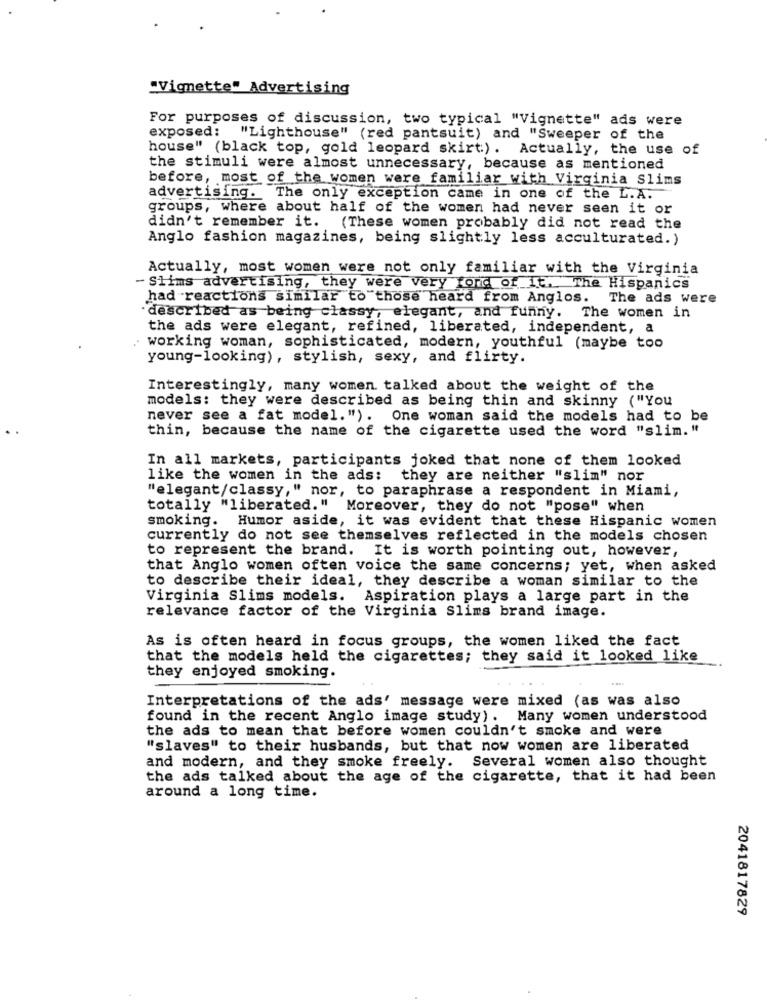
"Vignette" Advertising
For purposes of discussion, two typical "Vignette" ads were
exposed:
"Lighthouse" (red pantsuit) and "Sweeper of the
house" (black top, gold leopard skirt:). Actually, the use of
the stimuli were almost unnecessary, because as mentioned
before, most of the women were familiar with Virginia Slims
advertising. The only exception came in one of the L.A.
groups, where about half of the women had never seen it or
didn't remember it. (These women probably did not read the
Anglo fashion magazines, being slightly less acculturated.)
Actually, most women were not only familiar with the Virginia
- Slims advertising, they were very fond of it. The Hispanics
had reactions similar to those heard from Anglos. The ads were
·described as being classy, elegant, and funny. The women in
the ads were elegant, refined, liberated, independent, a
working woman, sophisticated, modern, youthful (maybe too
young-looking) , stylish, sexy, and flirty.
Interestingly, many women talked about the weight of the
models: they were described as being thin and skinny ("You
never see a fat model. "). One woman said the models had to be
thin, because the name of the cigarette used the word "slim. "
In all markets, participants joked that none of them looked
like the women in the ads:
they are neither "slim" nor
"elegant/classy," nor, to paraphrase a respondent in Miami,
totally "liberated." Moreover, they do not "pose" when
smoking. Humor aside, it was evident that these Hispanic women
currently do not see themselves reflected in the models chosen
to represent the brand. It is worth pointing out, however,
that Anglo women often voice the same concerns; yet, when asked
to describe their ideal, they describe a woman similar to the
Virginia Slims models. Aspiration plays a large part in the
relevance factor of the Virginia Slims brand image.
As is often heard in focus groups, the women liked the fact
that the models held the cigarettes; they said it looked like
they enjoyed smoking.
Interpretations of the ads' message were mixed (as was also
found in the recent Anglo image study). Many women understood
the ads to mean that before women couldn't smoke and were
"slaves" to their husbands, but that now women are liberated
and modern, and they smoke freely. Several women also thought
the ads talked about the age of the cigarette, that it had been
around a long time.
2041817829